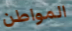
المواطن